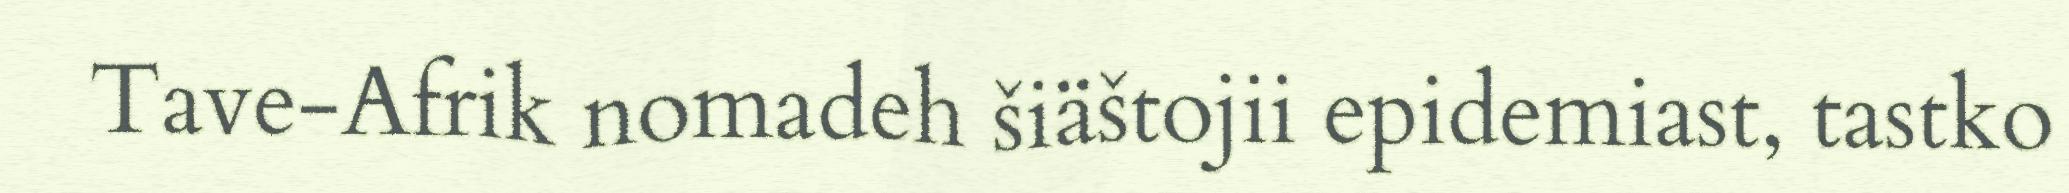
Tave-Afrik nomadeh šiäštojii epidemiast, tastko